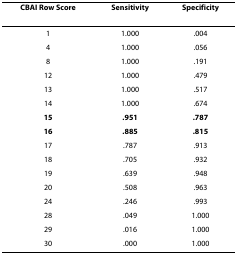
<table><thead><tr><td><b>CBAI Row Score</b></td><td><b>Sensitivity</b></td><td><b>Specificity</b></td></tr></thead><tbody><tr><td>1</td><td>1.000</td><td>.004</td></tr><tr><td>4</td><td>1.000</td><td>.056</td></tr><tr><td>8</td><td>1.000</td><td>.191</td></tr><tr><td>12</td><td>1.000</td><td>.479</td></tr><tr><td>13</td><td>1.000</td><td>.517</td></tr><tr><td>14</td><td>1.000</td><td>.674</td></tr><tr><td><b>15</b></td><td><b>.951</b></td><td><b>.787</b></td></tr><tr><td><b>16</b></td><td><b>.885</b></td><td><b>.815</b></td></tr><tr><td>17</td><td>.787</td><td>.913</td></tr><tr><td>18</td><td>.705</td><td>.932</td></tr><tr><td>19</td><td>.639</td><td>.948</td></tr><tr><td>20</td><td>.508</td><td>.963</td></tr><tr><td>24</td><td>.246</td><td>.993</td></tr><tr><td>28</td><td>.049</td><td>1.000</td></tr><tr><td>29</td><td>.016</td><td>1.000</td></tr><tr><td>30</td><td>.000</td><td>1.000</td></tr></tbody></table>